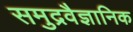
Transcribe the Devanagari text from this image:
समुद्रवैज्ञानिक